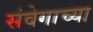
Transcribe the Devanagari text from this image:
संवेगाच्या